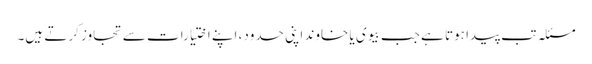
مسئلہ تب پیدا ہوتا ہے جب بیوی یا خاوند اپنی حدود، اپنے اختیارات سے تجاوز کرتے ہیں۔